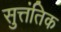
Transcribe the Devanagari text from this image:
सुत्तंतिक